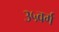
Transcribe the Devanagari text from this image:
३५वर्ग